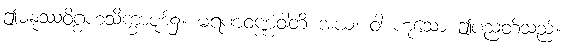
ဤမနုဿဝိဂ္ဂဟသိက္ခာပုဒ်၌။ မရဏဝဏ္ဏံဝါတိ အယံ၊ ဝါ ဟူသော ဤပညတ်သည်။